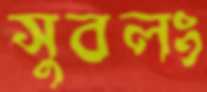
সুবলং